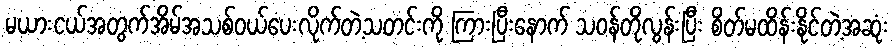
မယားငယ်အတွက်အိမ်အသစ်ဝယ်ပေးလိုက်တဲ့သတင်းကို ကြားပြီးနောက် သဝန်တိုလွန်းပြီး စိတ်မထိန်းနိုင်တဲ့အဆုံး